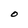
Character: O